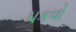
પકવો